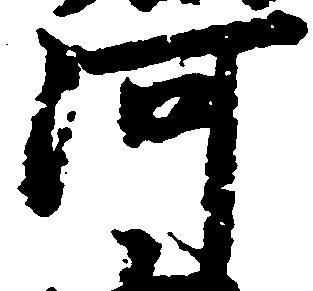
河